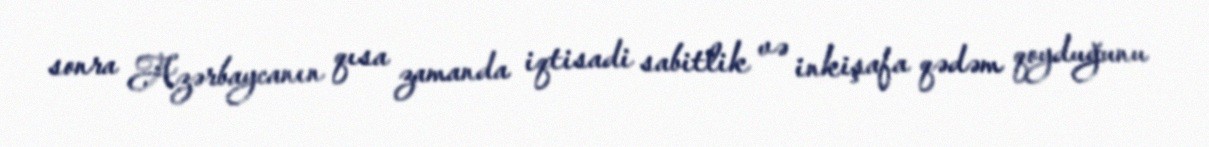
sonra Azərbaycanın qısa zamanda iqtisadi sabitlik və inkişafa qədəm qoyduğunu